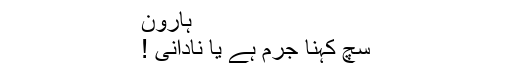
ہارون
سچ کہنا جرم ہے یا نادانی !